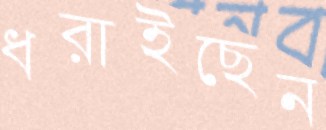
ধরাইছেন